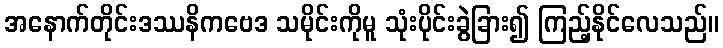
အနောက်တိုင်းဒဿနိကဗေဒ သမိုင်းကိုမူ သုံးပိုင်းခွဲခြား၍ ကြည့်နိုင်လေသည်။